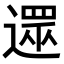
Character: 𨖙